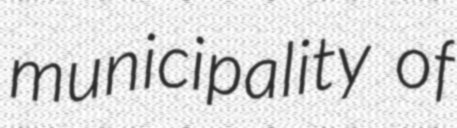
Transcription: municipality of